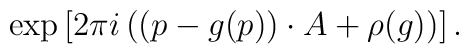
\exp \left[ 2 \pi i \left((p-g(p))\cdot  A + \rho(g)\right) \right] .